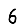
Digit: 6